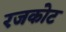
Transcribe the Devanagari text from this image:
रजकोट